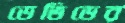
ডেভিডের